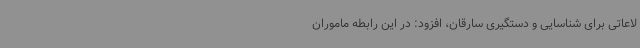
لاعاتی برای شناسایی و دستگیری سارقان، افزود: در این رابطه ماموران